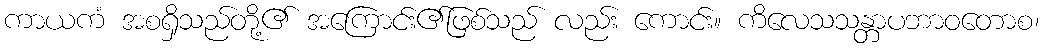
ကာယကံ အစရှိသည်တို့၏ အကြောင်း၏ဖြစ်သည် လည်း ကောင်း။ ကိလေသသန္တာပဘာဝတောစ၊